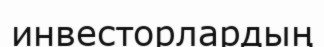
инвесторлардың